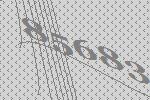
85683